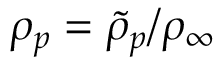
\rho _ { p } = { \tilde { \rho } _ { p } } / { \rho _ { \infty } }